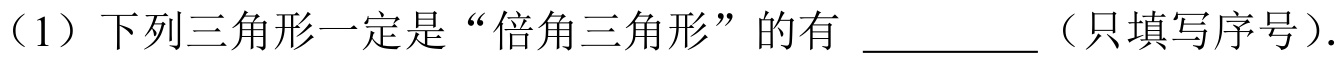
（1）下列三角形一定是“倍角三角形”的有 \_\_\_\_\_\_（只填写序号）.